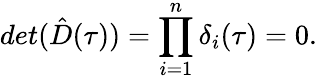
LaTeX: det(\hat{D}(\tau))=\prod_{i=1}^{n}\delta_{i}(\tau)=0.